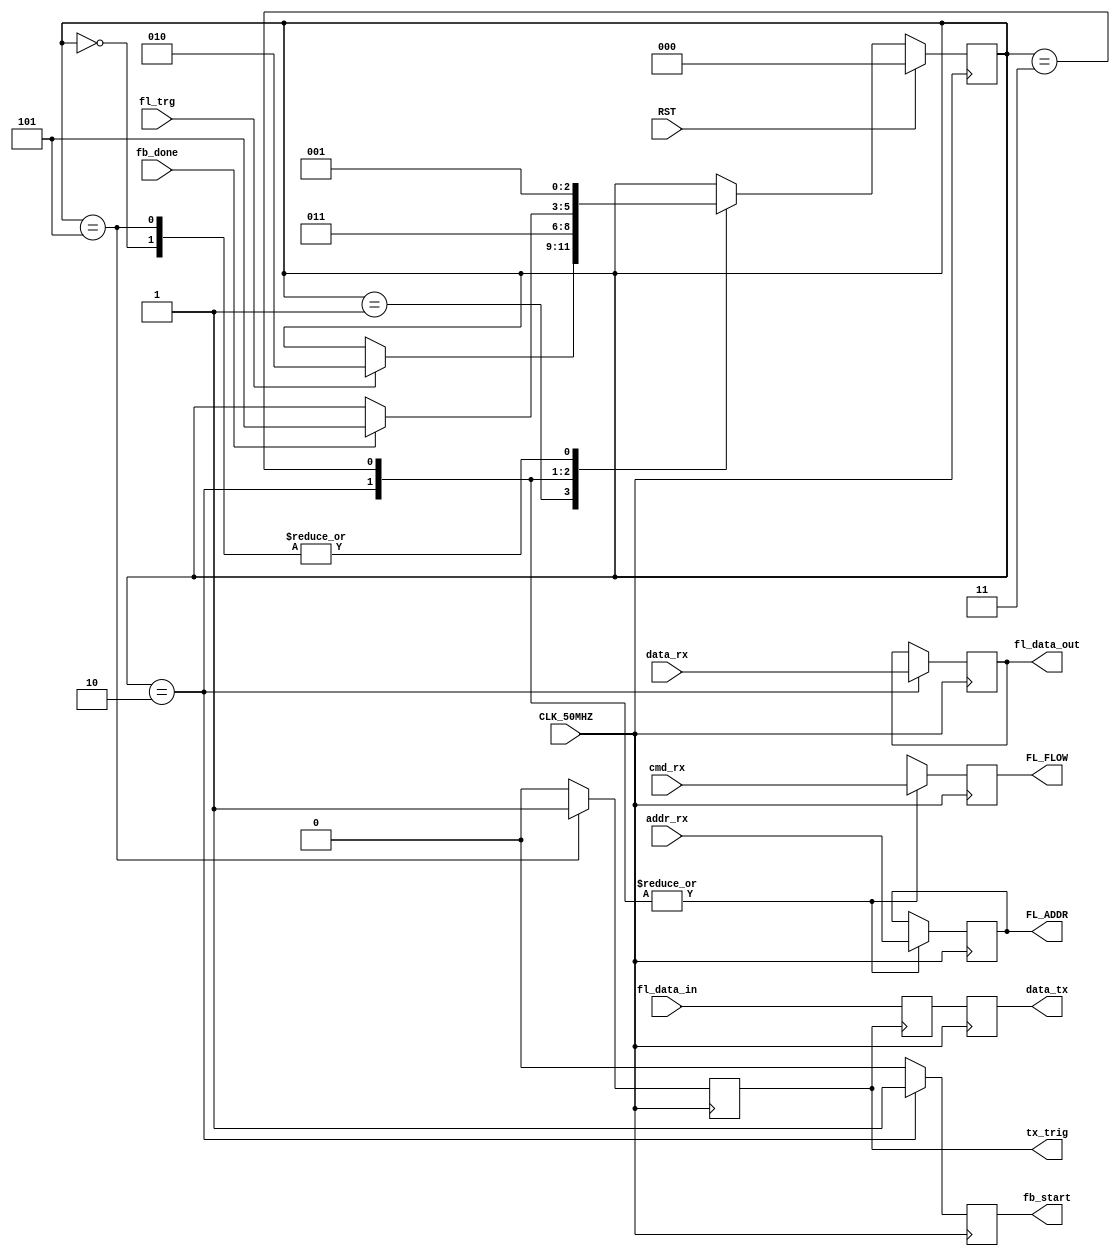
`timescale 1ns / 1ps
//////////////////////////////////////////////////////////////////////////////////
// Company: 
// Engineer: 
// 
// Design Name: 
// Module Name:    manager_flash_fsm 
// Project Name: 
// Target Devices: 
// Tool versions: 
// Description: 
//
// Dependencies: 
//
// Revision: 
// Revision 0.01 - File Created
// Additional Comments: 
//
//////////////////////////////////////////////////////////////////////////////////
module Manager_Flash_FSM(
	input CLK_50MHZ,
	input RST,
	input cmd_rx,
	output reg FL_FLOW,
	output reg [7:0] FL_ADDR,
	input [7:0] fl_data_in,
	output reg [7:0] fl_data_out,
	input [7:0] addr_rx,
	input [7:0] data_rx,
	output reg [7:0] data_tx,
	output reg fb_start,
	input fb_done,
	input fl_trg,
	output reg tx_trig
   );
	
	reg [7:0] data_tx_buf;
	reg [2:0] state_fl; //TODO 2bits
	localparam [2:0]	IDLE = 3'd0,
							FL_WAITING_TRIG = 3'd1,
							FL_RW = 3'd2,
							FL_WAITING_RW = 3'd3,
							TX_TRG = 3'd4,
							TX_TRG_DONE = 3'd5;							
	
	always @(posedge CLK_50MHZ) begin
		if(RST) state_fl <= IDLE;
		else begin
			case (state_fl)
				IDLE:
					state_fl <= FL_WAITING_TRIG;
				FL_WAITING_TRIG:
					if(fl_trg) state_fl <= FL_RW;
				FL_RW:
					state_fl <= FL_WAITING_RW;
				FL_WAITING_RW:
					if(fb_done) state_fl <= TX_TRG_DONE;
				TX_TRG_DONE:
					state_fl <= FL_WAITING_TRIG;
			endcase
		end
	end

	always @(posedge CLK_50MHZ) begin	
		FL_FLOW <= 1'bX;
		fb_start <= 0;
		tx_trig <= 0;
		//FL_ADDR <= 8'bZ;
		//fl_data_out <= data_rx;
		data_tx <= data_tx_buf;
		case( state_fl )
			IDLE: begin
			end
			FL_RW: begin
				FL_FLOW <= cmd_rx;
				FL_ADDR <= addr_rx;
				fl_data_out <= data_rx;
				fb_start <= 1;
			end
			FL_WAITING_RW: begin
				FL_FLOW <= cmd_rx;
				FL_ADDR <= addr_rx;	
			end
			TX_TRG_DONE: begin
				tx_trig <= 1'b1;				
				//data_tx_buf <= fl_data_in;
				//data_tx <= data_tx_buf;
			end
		endcase
	end
	
always @(posedge tx_trig) begin
	data_tx_buf <= fl_data_in;
end
	
endmodule